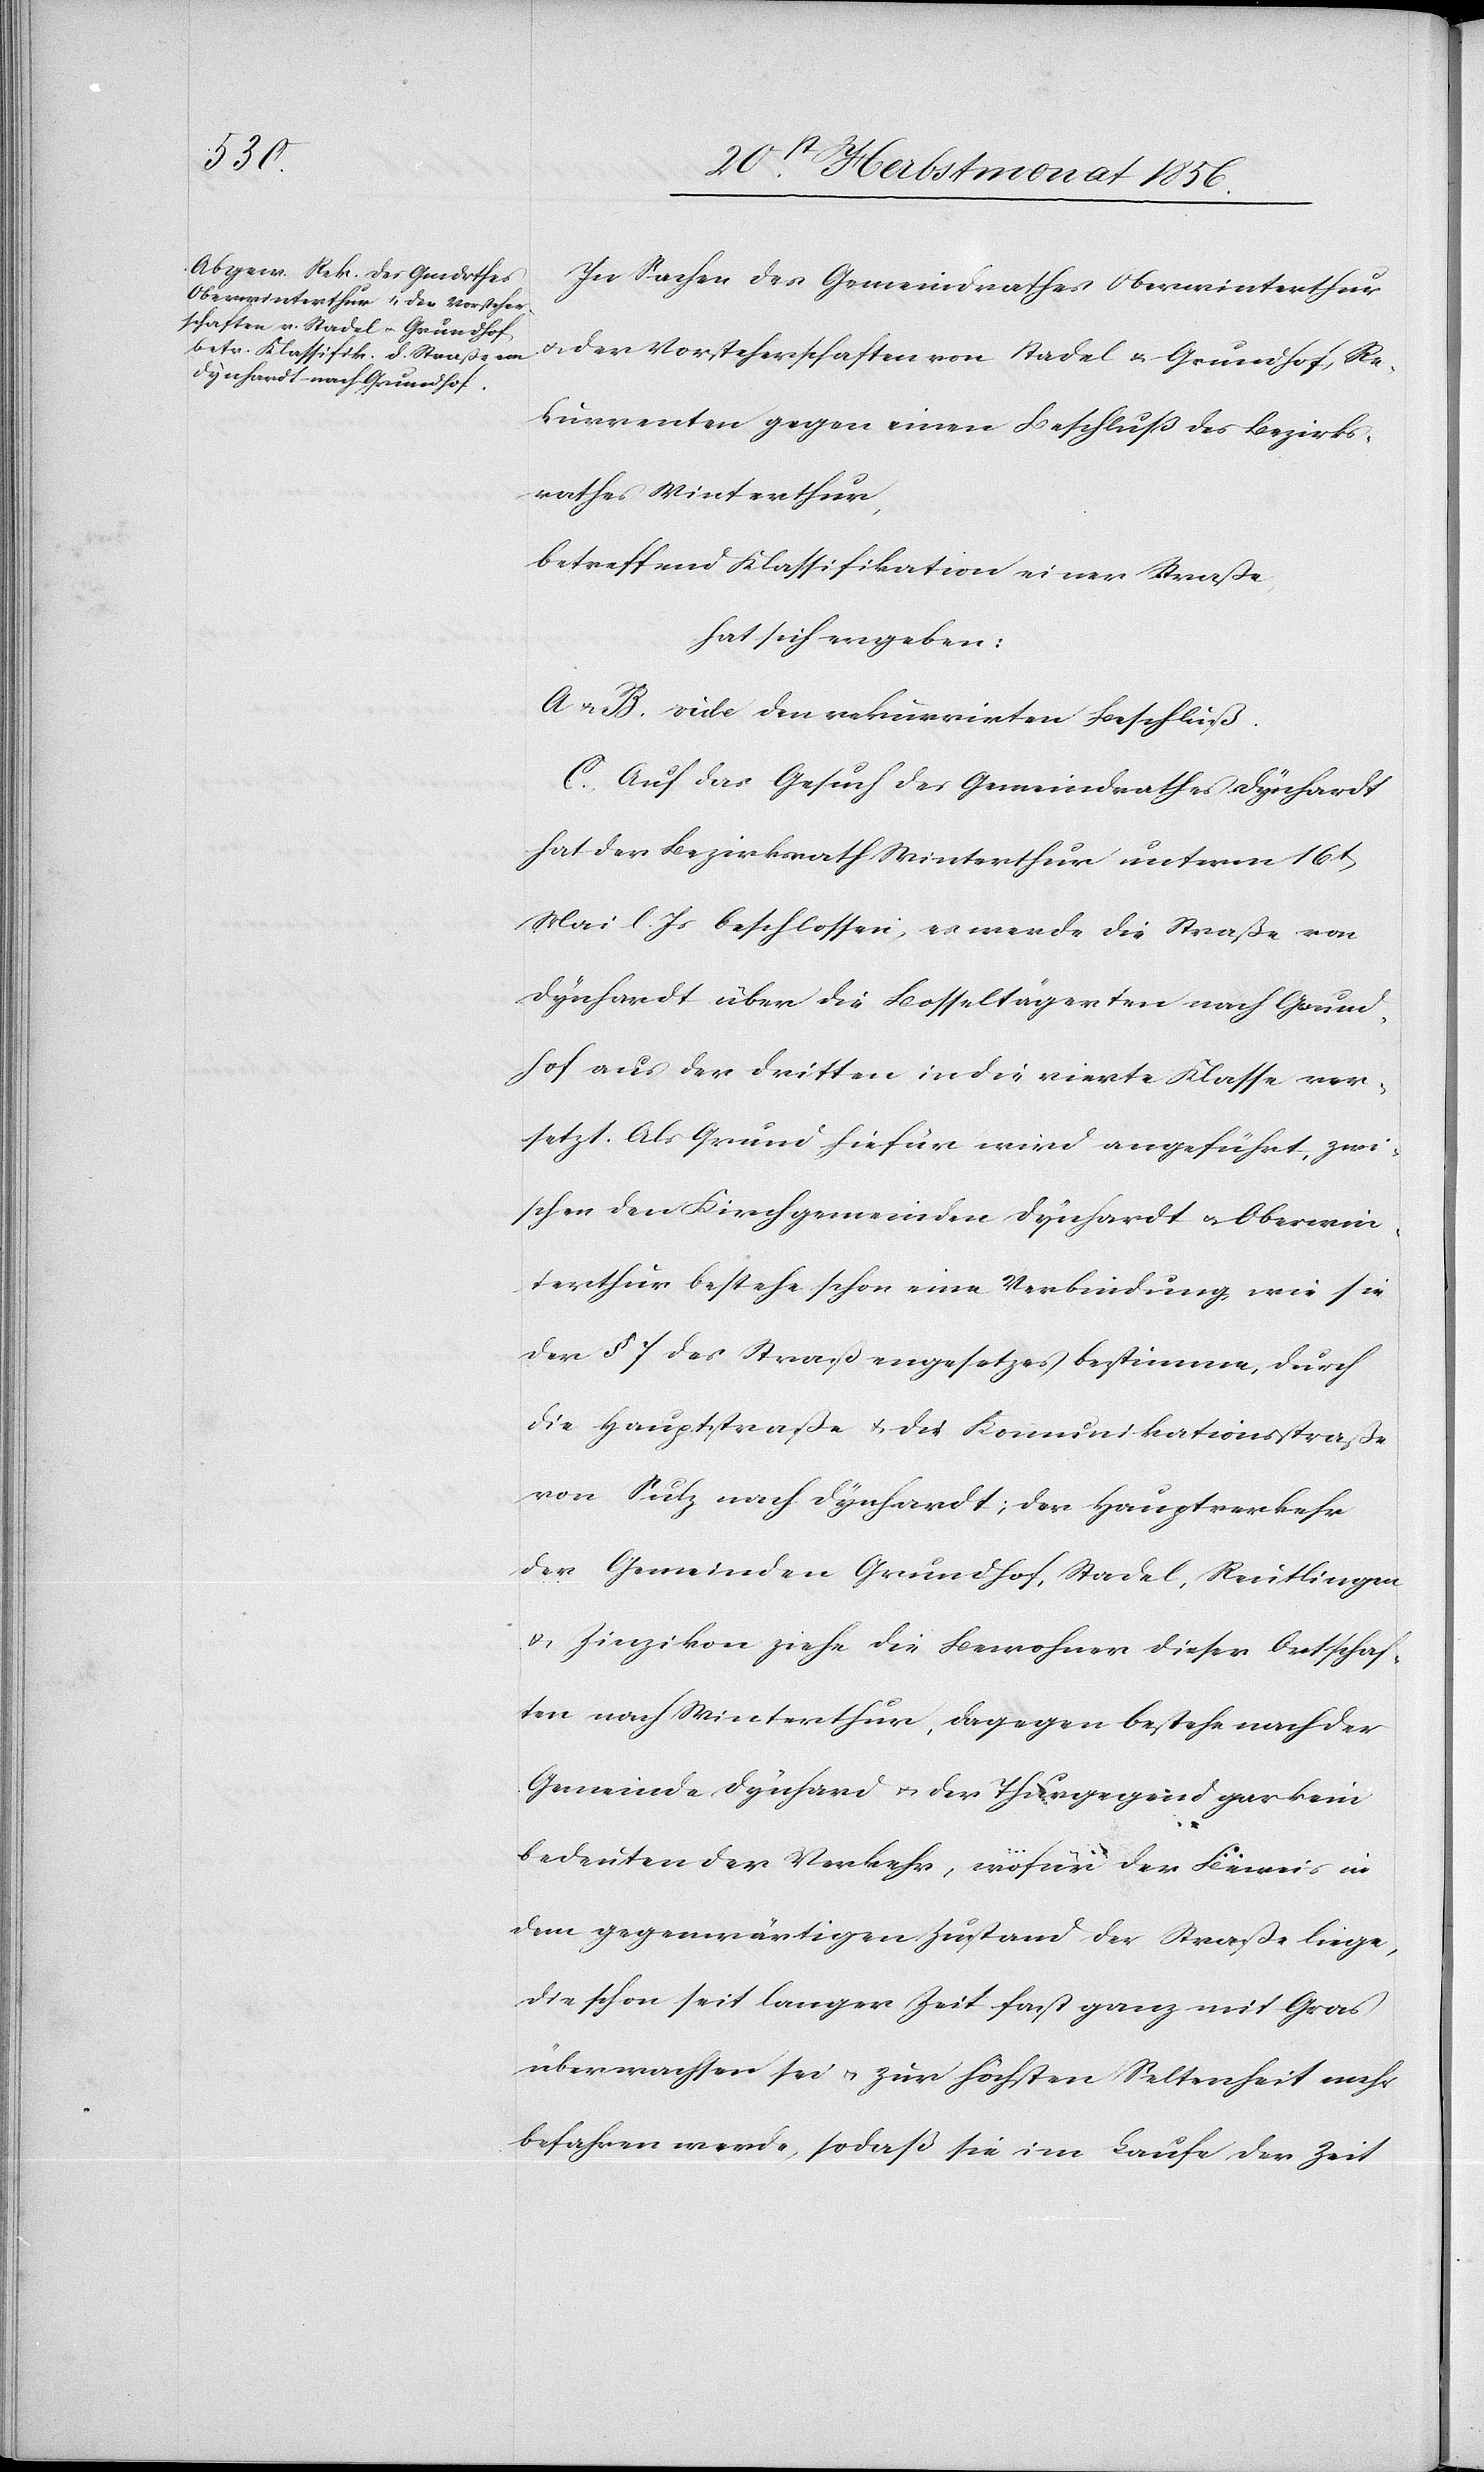
In Sachen des Gemeindrathes Oberwinterthur
u. der Vorsteherschaften von Stadel u. Grundhof, Re¬
kurrenten gegen einen Beschluß des Bezirks¬
rathes Winterthur,
betreffend Klassifikation einer Straße
hat sich ergeben:
A. u. B. vide den rekurrirten Beschluß.
C. Auf das Gesuch des Gemeindrathes Dynhardt
hat der Bezirksrath Winterthur unterm 16t
Mai l. Js beschlossen, es werde die Straße von
Dynhardt über die Bosseltägerten nach Grund¬
hof aus der dritten in die vierte Klasse ver¬
setzt. Als Grund hiefür wird angeführt, zwi¬
schen den Kirchgemeinden Dynhardt u. Oberwin¬
terthur bestehe schon eine Verbindung wie sie
der § 7 des Straßengesetzes bestimme, durch
die Hauptstraße u. die Kommunikationsstraße
von Sulz nach Dynhardt; der Hauptverkehr
der Gemeinden Grundhof, Stadel, Reutlingen
u. Zinzikon ziehe die Bewohner dieser Ortschaf¬
ten nach Winterthur, dagegen bestehe nach der
Gemeinde Dynhard [sic!] u. der Thurgegend gar kein
bedeutender Verkehr, wofür der Beweis in
dem gegenwärtigen Zustand der Straße liege,
die schon seit langer Zeit fast ganz mit Gras
überwachsen sei u. zur höchsten Seltenheit mehr
befahren werde, sodaß sie im Laufe der Zeit